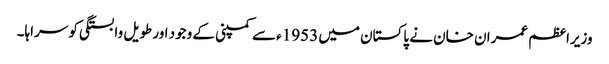
وزیراعظم عمران خان نے پاکستان میں 1953ء سے کمپنی کے وجود اور طویل وابستگی کو سراہا۔